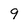
Character: 9